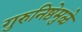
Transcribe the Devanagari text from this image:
गुरुनिष्ठेमुळे